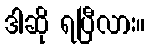
ဒါဆို ရပြီလား။